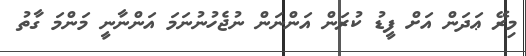
މިރޭ ޢަދަން އަށް ފީޑު ކުރަން އަންނަން ނުޖެހުނުނަމަ އަންނާނީ މަންމަ ގާތު